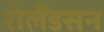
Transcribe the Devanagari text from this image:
रोलैंडसन